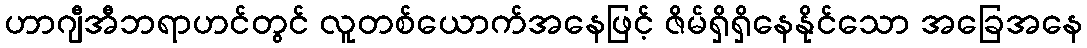
ဟာဂျီအီဘရာဟင်တွင် လူတစ်ယောက်အနေဖြင့် ဇိမ်ရှိရှိနေနိုင်သော အခြေအနေ